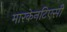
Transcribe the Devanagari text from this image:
मारकेनटिएसी